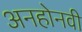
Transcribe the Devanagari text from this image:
अनहोनवी